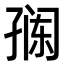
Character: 𭓎